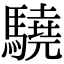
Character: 驍